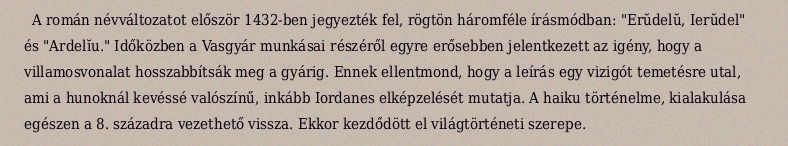
A román névváltozatot először 1432-ben jegyezték fel, rögtön háromféle írásmódban: "Erŭdelŭ, Ierŭdel" és "Ardelĭu." Időközben a Vasgyár munkásai részéről egyre erősebben jelentkezett az igény, hogy a villamosvonalat hosszabbítsák meg a gyárig. Ennek ellentmond, hogy a leírás egy vizigót temetésre utal, ami a hunoknál kevéssé valószínű, inkább Iordanes elképzelését mutatja. A haiku történelme, kialakulása egészen a 8. századra vezethető vissza. Ekkor kezdődött el világtörténeti szerepe.